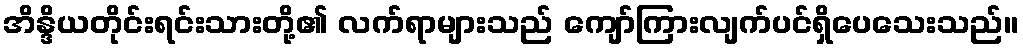
အိန္ဒိယတိုင်းရင်းသားတို့၏ လက်ရာများသည် ကျော်ကြားလျက်ပင်ရှိပေသေးသည်။